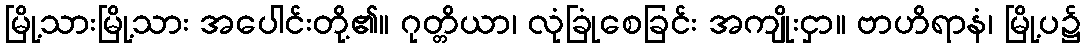
မြို့သားမြို့သား အပေါင်းတို့၏။ ဂုတ္တိယာ၊ လုံခြုံစေခြင်း အကျိုးငှာ။ ဗာဟိရာနံ၊ မြို့ပ၌